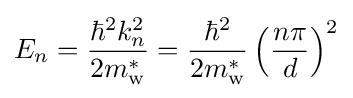
E_{n}={\frac {\hbar ^{2}k_{n}^{2}}{2m_{\text{w}}^{*}}}={\frac {\hbar ^{2}}{2m_{\text{w}}^{*}}}\left({\frac {n\pi }{d}}\right)^{2}